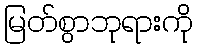
မြတ်စွာဘုရားကို